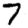
Digit: 7